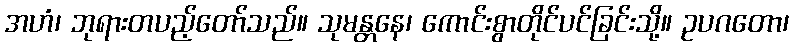
အဟံ၊ ဘုရားတပည့်တော်သည်။ သုမန္တနေ၊ ကောင်းစွာတိုင်ပင်ခြင်းသို့။ ဥပဂတော၊